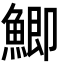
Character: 鯽